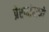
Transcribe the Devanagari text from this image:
प्रेरणांमध्ये